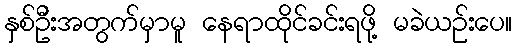
နှစ်ဦးအတွက်မှာမူ နေရာထိုင်ခင်းရဖို့ မခဲယဉ်းပေ။